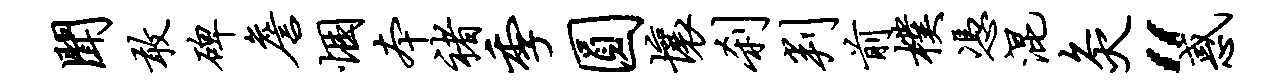
闻敢碑詹悃本褚季圆壤刹判前朴凭混灸“惑